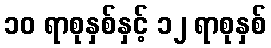
၁၀ ရာစုနှစ်နှင့် ၁၂ ရာစုနှစ်